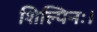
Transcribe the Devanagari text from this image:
शिल्पिनः।